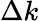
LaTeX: \Delta k